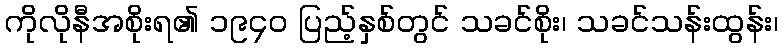
ကိုလိုနီအစိုးရ၏ ၁၉၄၀ ပြည့်နှစ်တွင် သခင်စိုး၊ သခင်သန်းထွန်း၊